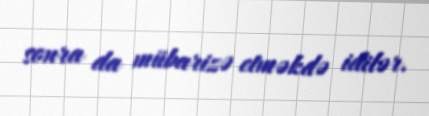
sonra da mübarizə etməkdə idilər.